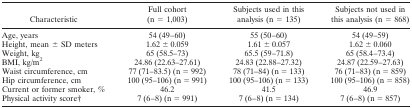
| Characteristic | Full cohort (n = 1,003) | Subjects used in this analysis (n = 135) | Subjects not used in this analysis (n = 868) |
 | --- | --- | --- | --- |
 | Age, years | 54 (49–60) | 55 (50–60) | 54 (49–59) |
 | Height, mean ± SD meters | 1.62 ± 0.059 | 1.61 ± 0.057 | 1.62 ± 0.060 |
 | Weight, kg | 65 (58.5–73) | 65.5 (59–71.8) | 65 (58.4–73.4) |
 | BMI, kg/m2 | 24.86 (22.63–27.61) | 24.83 (22.88–27.32) | 24.87 (22.59–27.63) |
 | Waist circumference, cm | 77 (71–83.5) (n = 992) | 78 (71–84) (n = 133) | 76 (71–83) (n = 859) |
 | Hip circumference, cm | 100 (95–106) (n = 991) | 100 (95–106) (n = 133) | 100 (95–106) (n = 858) |
 | Current or former smoker, % | 46.2 | 41.5 | 46.9 |
 | Physical activity score† | 7 (6–8) (n = 991) | 7 (6–8) (n = 134) | 7 (6–8) (n = 857) |